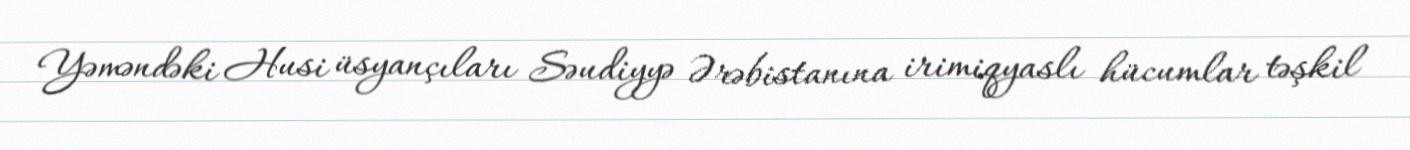
Yəməndəki Husi üsyançıları Səudiyyə Ərəbistanına irimiqyaslı hücumlar təşkil